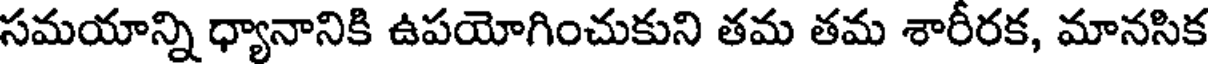
సమయాన్ని ధ్యానానికి ఉపయోగించుకుని తమ తమ శారీరక, మానసిక